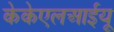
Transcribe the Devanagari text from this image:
केकेएलआईयू